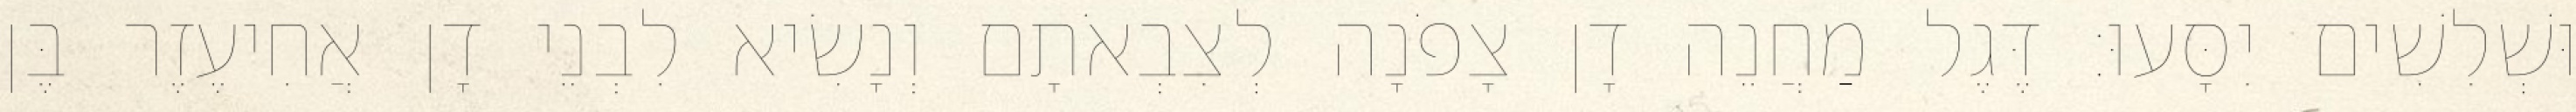
וּשְׁלִשִׁים יִסָּעוּ׃ דֶּגֶל מַחֲנֵה דָן צָפֹנָה לְצִבְאֹתָם וְנָשִׂיא לִבְנֵי דָן אֲחִיעֶזֶר בֶּן